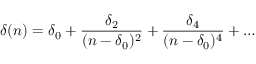
\delta ( n ) = \delta _ { 0 } + \frac { \delta _ { 2 } } { ( n - \delta _ { 0 } ) ^ { 2 } } + \frac { \delta _ { 4 } } { ( n - \delta _ { 0 } ) ^ { 4 } } + \ldots